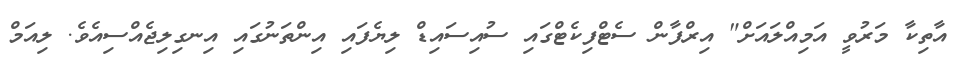
އާތިކާ މަރުވީ އަމިއްލައަށް" އިރްފާން ސެޓްފިކެޓްގައި ސުއިސައިޑް ލިޔެފައި އިންތަނުގައި އިނގިލިޖެއްސިއެވެ. ލިއަމް